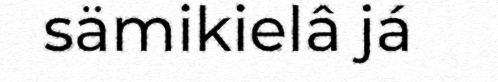
sämikielâ já